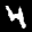
Label: 4